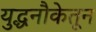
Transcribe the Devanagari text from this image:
युद्धनौकेतून